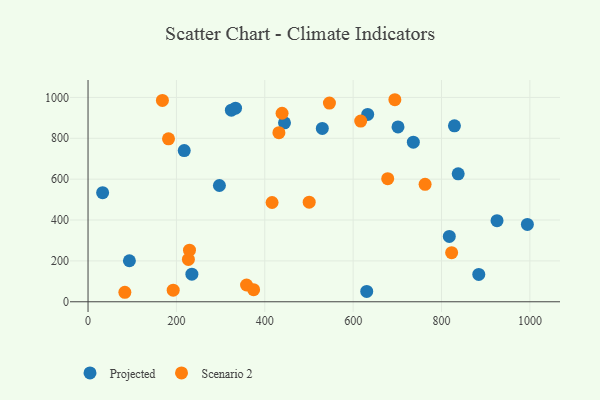
{"axis": {"x": "Ad Spend", "y": "Sales"}, "legend": ["Projected", "Scenario 2"], "data": [{"x": "324.4", "y": 937.4, "type": "Projected"}, {"x": "530.2", "y": 848.5, "type": "Projected"}, {"x": "884.3", "y": 133.7, "type": "Projected"}, {"x": "837.7", "y": 626.1, "type": "Projected"}, {"x": "632.9", "y": 916.8, "type": "Projected"}, {"x": "817.6", "y": 319.6, "type": "Projected"}, {"x": "333.8", "y": 947.3, "type": "Projected"}, {"x": "736.2", "y": 781.1, "type": "Projected"}, {"x": "33.0", "y": 533.9, "type": "Projected"}, {"x": "444.6", "y": 875.6, "type": "Projected"}, {"x": "235.0", "y": 135.3, "type": "Projected"}, {"x": "217.7", "y": 739.7, "type": "Projected"}, {"x": "829.2", "y": 861.0, "type": "Projected"}, {"x": "93.6", "y": 200.7, "type": "Projected"}, {"x": "701.5", "y": 855.6, "type": "Projected"}, {"x": "994.3", "y": 378.4, "type": "Projected"}, {"x": "630.7", "y": 50.5, "type": "Projected"}, {"x": "297.3", "y": 569.0, "type": "Projected"}, {"x": "925.6", "y": 396.9, "type": "Projected"}, {"x": "762.8", "y": 574.5, "type": "Scenario 2"}, {"x": "358.7", "y": 82.1, "type": "Scenario 2"}, {"x": "617.1", "y": 884.2, "type": "Scenario 2"}, {"x": "227.1", "y": 207.3, "type": "Scenario 2"}, {"x": "694.4", "y": 988.7, "type": "Scenario 2"}, {"x": "678.2", "y": 602.4, "type": "Scenario 2"}, {"x": "432.0", "y": 827.3, "type": "Scenario 2"}, {"x": "822.9", "y": 240.4, "type": "Scenario 2"}, {"x": "83.3", "y": 46.5, "type": "Scenario 2"}, {"x": "229.6", "y": 252.5, "type": "Scenario 2"}, {"x": "192.7", "y": 57.0, "type": "Scenario 2"}, {"x": "168.3", "y": 985.5, "type": "Scenario 2"}, {"x": "500.5", "y": 487.4, "type": "Scenario 2"}, {"x": "439.1", "y": 922.5, "type": "Scenario 2"}, {"x": "182.1", "y": 797.4, "type": "Scenario 2"}, {"x": "416.5", "y": 485.7, "type": "Scenario 2"}, {"x": "546.3", "y": 972.2, "type": "Scenario 2"}, {"x": "374.7", "y": 59.3, "type": "Scenario 2"}]}